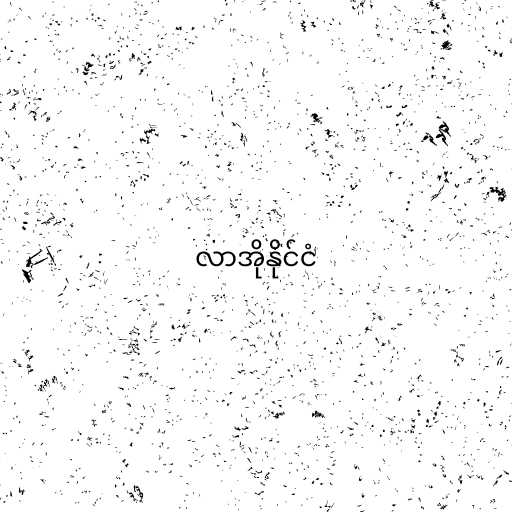
လာအိုနိုင်ငံ